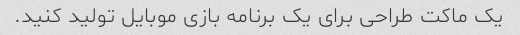
یک ماکت طراحی برای یک برنامه بازی موبایل تولید کنید.